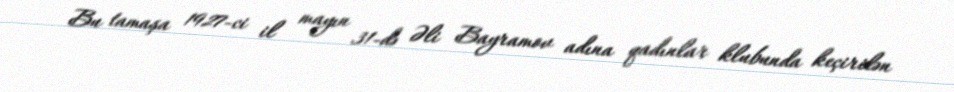
Bu tamaşa 1927-ci il mayın 31-də Əli Bayramov adına qadınlar klubunda keçirilən